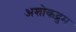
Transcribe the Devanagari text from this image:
अशोकद्रुम